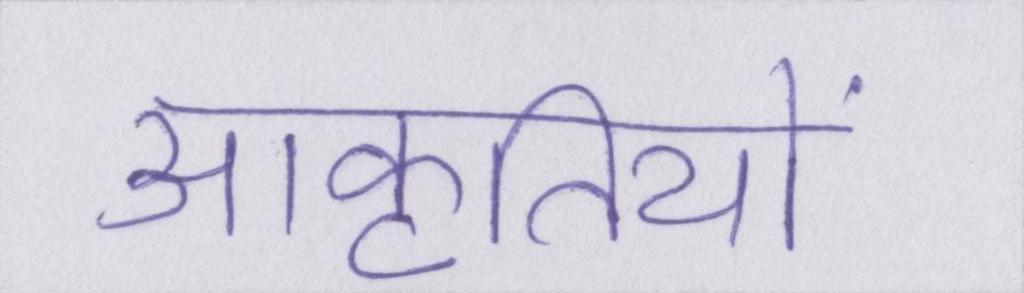
आकृतियों